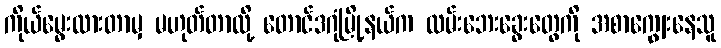
ကိုယ်မွေးထားတာမှ မဟုတ်တာလို့ တောင်ဒဂုံမြို့နယ်က လမ်းဘေးခွေးတွေကို အစာကျွေးနေသူ